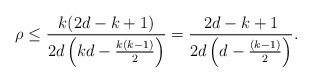
LaTeX: \begin{align*} \rho \leq \frac{k(2d-k+1)}{2d\left(kd - \frac{k(k-1)}{2} \right)}= \frac{2d-k+1}{2d\left(d - \frac{(k-1)}{2} \right)}.\end{align*}